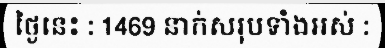
ថ្ងៃនេះ : 1469 នាក់សរុបទាំងអស់ :